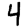
Digit: 4